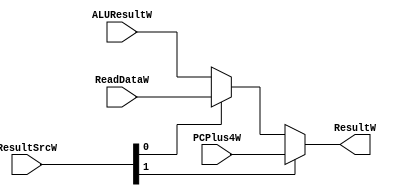
module mux3 #
(
     parameter WIDTH = 8
) (
     input  [WIDTH-1:0] ALUResultW,
     input  [WIDTH-1:0] ReadDataW,
     input  [WIDTH-1:0] PCPlus4W,
     input  [1:0]       ResultSrcW,
     output [WIDTH-1:0] ResultW
);
     assign ResultW = ResultSrcW[1] ? PCPlus4W : (ResultSrcW[0] ? ReadDataW : ALUResultW);
endmodule